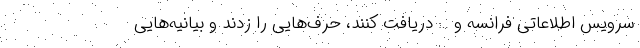
سرویس اطلاعاتی فرانسه و … دریافت کنند، حرف‌هایی را زدند و بیانیه‌هایی